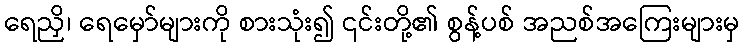
ရေညှိ၊ ရေမှော်များကို စားသုံး၍ ၎င်းတို့၏ စွန့်ပစ် အညစ်အကြေးများမှ